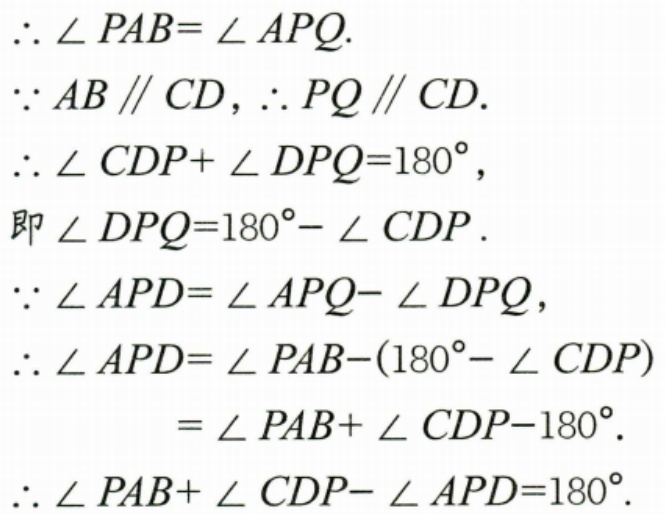
\(\therefore \angle PAB=\angle APQ.\)
\(\because AB\parallel CD\)，\(\therefore PQ\parallel CD.\)
\(\therefore \angle CDP+\angle DPQ = 180^{\circ}\)，
即\(\angle DPQ=180^{\circ}-\angle CDP.\)
\(\because \angle APD=\angle APQ - \angle DPQ\)，
\(\therefore \angle APD=\angle PAB-(180^{\circ}-\angle CDP)\)
\(=\angle PAB+\angle CDP - 180^{\circ}.\)
\(\therefore \angle PAB+\angle CDP-\angle APD = 180^{\circ}.\)